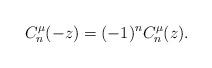
LaTeX: \begin{align*}C_n^\mu(-z)=(-1)^n C_n^\mu(z).\end{align*}